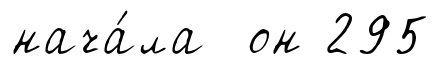
нача́ла он 295